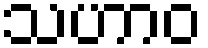
သဟာဝ